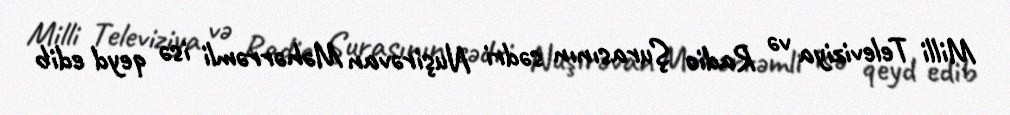
Milli Televiziya və Radio Şurasının sədri Nuşirəvan Məhərrəmli isə qeyd edib